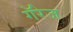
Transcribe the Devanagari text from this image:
गॅरेज